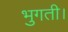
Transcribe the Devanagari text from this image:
भुगती।